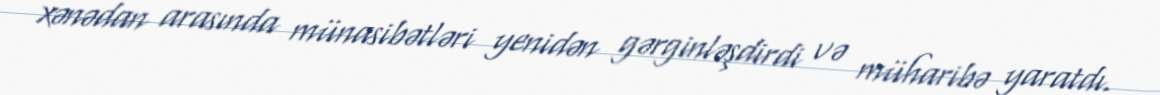
xənədan arasında münasibətləri yenidən gərginləşdirdi və müharibə yaratdı.